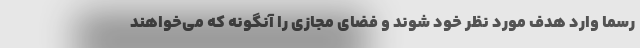
رسما وارد هدف مورد نظر خود شوند و فضای مجازی را آنگونه که می‌خواهند